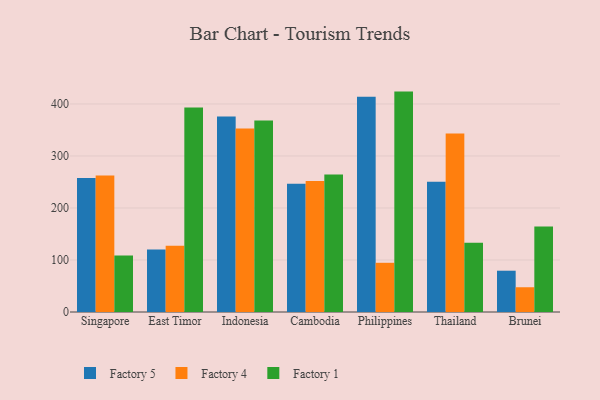
{"axis": {"x": "Country", "y": "Bounce Rate (%)"}, "legend": ["Factory 1", "Factory 4", "Factory 5"], "data": [{"x": "Singapore", "y": 257.5, "type": "Factory 5"}, {"x": "Singapore", "y": 262.3, "type": "Factory 4"}, {"x": "Singapore", "y": 108.8, "type": "Factory 1"}, {"x": "East Timor", "y": 120.4, "type": "Factory 5"}, {"x": "East Timor", "y": 127.4, "type": "Factory 4"}, {"x": "East Timor", "y": 393.1, "type": "Factory 1"}, {"x": "Indonesia", "y": 376.0, "type": "Factory 5"}, {"x": "Indonesia", "y": 352.9, "type": "Factory 4"}, {"x": "Indonesia", "y": 368.4, "type": "Factory 1"}, {"x": "Cambodia", "y": 246.8, "type": "Factory 5"}, {"x": "Cambodia", "y": 251.9, "type": "Factory 4"}, {"x": "Cambodia", "y": 264.2, "type": "Factory 1"}, {"x": "Philippines", "y": 413.9, "type": "Factory 5"}, {"x": "Philippines", "y": 94.6, "type": "Factory 4"}, {"x": "Philippines", "y": 423.8, "type": "Factory 1"}, {"x": "Thailand", "y": 250.4, "type": "Factory 5"}, {"x": "Thailand", "y": 343.2, "type": "Factory 4"}, {"x": "Thailand", "y": 133.1, "type": "Factory 1"}, {"x": "Brunei", "y": 79.4, "type": "Factory 5"}, {"x": "Brunei", "y": 47.6, "type": "Factory 4"}, {"x": "Brunei", "y": 164.6, "type": "Factory 1"}]}